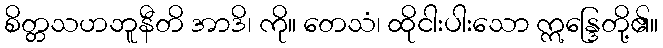
စိတ္တသဟဘူနီတိ အာဒိ၊ ကို။ တေသံ၊ ထိုငါးပါးသော ဣန္ဒြေတို့၏။